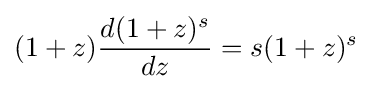
(1+z){\frac {d(1+z)^{s}}{dz}}=s(1+z)^{s}